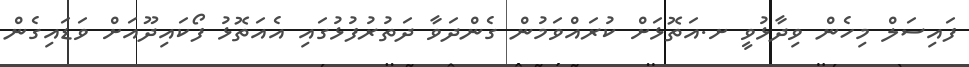
ފައިސަލް މިހެން ވިދާޅުވީ ށ.އަތޮޅަށް ކުރައްވަމުން ގެންދަވާ ދަތުރުފުޅުގައި އެއަތޮޅު ފޯކައިދޫއަށް ވަޑައިގެން